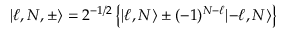
\lvert \ell , N , \pm \rangle = 2 ^ { - 1 / 2 } \left\{ \lvert \ell , N \rangle \pm ( - 1 ) ^ { N - \ell } \lvert - \ell , N \rangle \right\}